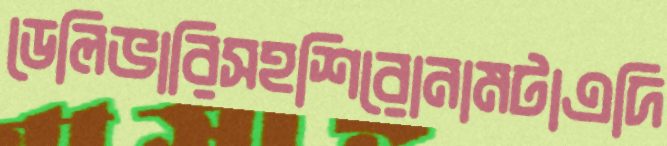
ডেলিভারিসহশিরোনামটাএদি